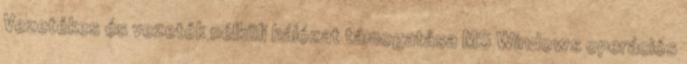
Vezetékes és vezeték nélküli hálózat támogatása MS Windows operációs